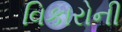
વિકારોની